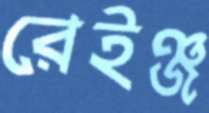
রেইঞ্জ